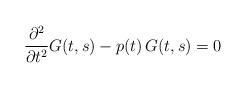
LaTeX: \begin{align*}\frac{\partial^2 }{\partial t^2} G(t,s)-p(t)\,G(t,s)=0\end{align*}